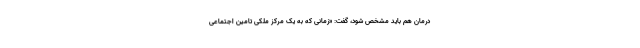
درمان هم باید مشخص شود، گفت: «زمانی که به یک مرکز ملکی تامین اجتماعی